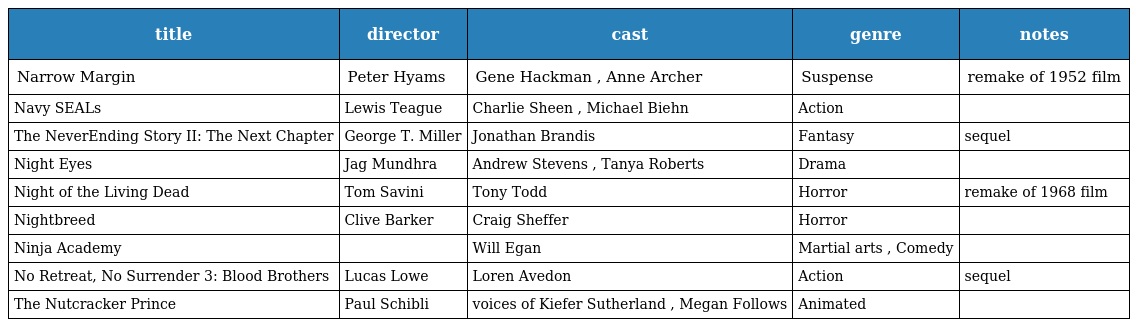
| title | director | cast | genre | notes |
 | --- | --- | --- | --- | --- |
 | Narrow Margin | Peter Hyams | Gene Hackman , Anne Archer | Suspense | remake of 1952 film |
 | Navy SEALs | Lewis Teague | Charlie Sheen , Michael Biehn | Action |  |
 | The NeverEnding Story II: The Next Chapter | George T. Miller | Jonathan Brandis | Fantasy | sequel |
 | Night Eyes | Jag Mundhra | Andrew Stevens , Tanya Roberts | Drama |  |
 | Night of the Living Dead | Tom Savini | Tony Todd | Horror | remake of 1968 film |
 | Nightbreed | Clive Barker | Craig Sheffer | Horror |  |
 | Ninja Academy |  | Will Egan | Martial arts , Comedy |  |
 | No Retreat, No Surrender 3: Blood Brothers | Lucas Lowe | Loren Avedon | Action | sequel |
 | The Nutcracker Prince | Paul Schibli | voices of Kiefer Sutherland , Megan Follows | Animated |  |